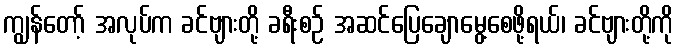
ကျွန်တော့် အလုပ်က ခင်ဗျားတို့ ခရီးစဉ် အဆင်ပြေချောမွေ့စေဖို့ရယ်၊ ခင်ဗျားတို့ကို